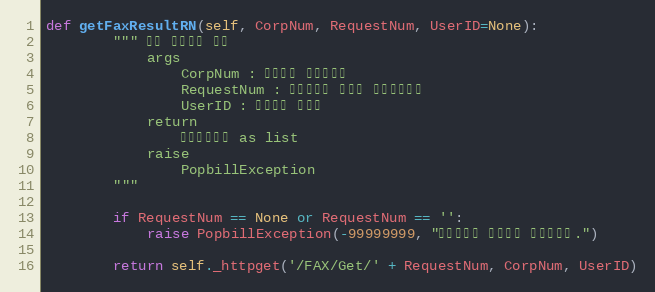
Language: Python
def getFaxResultRN(self, CorpNum, RequestNum, UserID=None):
        """ 팩스 전송결과 조회
            args
                CorpNum : 팝빌회원 사업자번호
                RequestNum : 전송요청시 할당한 전송요청번호
                UserID : 팝빌회원 아이디
            return
                팩스전송정보 as list
            raise
                PopbillException
        """

        if RequestNum == None or RequestNum == '':
            raise PopbillException(-99999999, "요청번호가 입력되지 않았습니다.")

        return self._httpget('/FAX/Get/' + RequestNum, CorpNum, UserID)